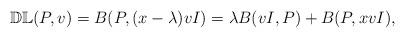
LaTeX: \begin{align*} \mathbb{DL}(P,v)= B(P,(x-\lambda)vI) =\lambda B(vI,P)+B(P,xvI), \end{align*}